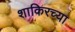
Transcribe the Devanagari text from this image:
शाकिरच्या